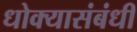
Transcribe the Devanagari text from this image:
धोक्यासंबंधी